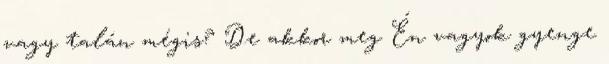
vagy talán mégis? De akkor meg Én vagyok gyenge